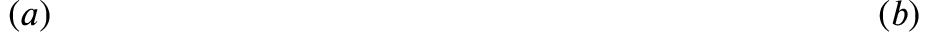
~ ~ ~ ~ ~ ~ ~ ~ ~ ~ ~ ~ ~ ~ ~ ~ ( a ) ~ ~ ~ ~ ~ ~ ~ ~ ~ ~ ~ ~ ~ ~ ~ ~ ~ ~ ~ ~ ~ ~ ~ ~ ~ ~ ~ ~ ~ ~ ~ ~ ~ ~ ~ ~ ~ ~ ~ ~ ~ ~ ~ ~ ~ ~ ~ ~ ~ ~ ~ ~ ~ ~ ~ ~ ~ ~ ~ ~ ~ ~ ~ ~ ~ ~ ~ ( b ) ~ ~ ~ ~ ~ ~ ~ ~